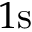
1 \mathrm { s }